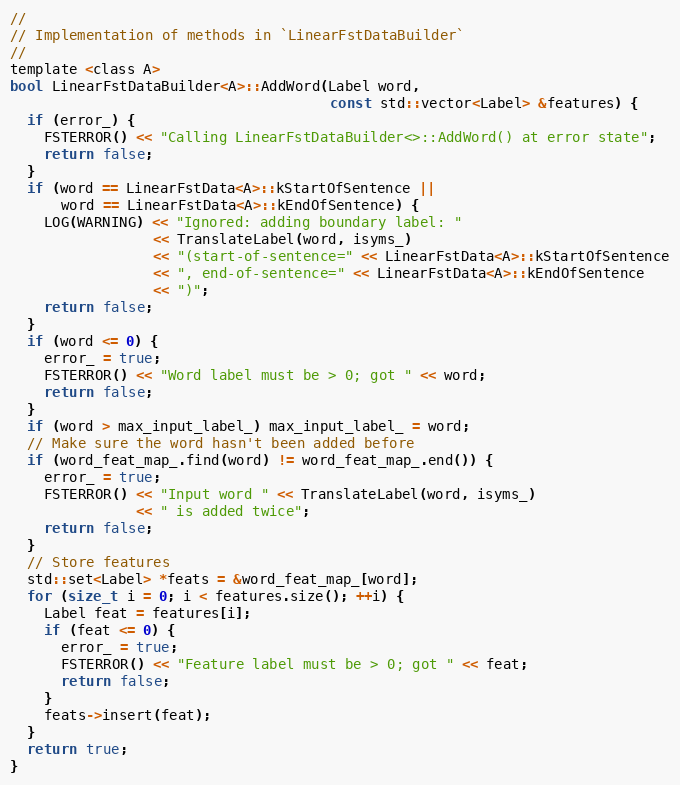
Language: C
//
// Implementation of methods in `LinearFstDataBuilder`
//
template <class A>
bool LinearFstDataBuilder<A>::AddWord(Label word,
                                      const std::vector<Label> &features) {
  if (error_) {
    FSTERROR() << "Calling LinearFstDataBuilder<>::AddWord() at error state";
    return false;
  }
  if (word == LinearFstData<A>::kStartOfSentence ||
      word == LinearFstData<A>::kEndOfSentence) {
    LOG(WARNING) << "Ignored: adding boundary label: "
                 << TranslateLabel(word, isyms_)
                 << "(start-of-sentence=" << LinearFstData<A>::kStartOfSentence
                 << ", end-of-sentence=" << LinearFstData<A>::kEndOfSentence
                 << ")";
    return false;
  }
  if (word <= 0) {
    error_ = true;
    FSTERROR() << "Word label must be > 0; got " << word;
    return false;
  }
  if (word > max_input_label_) max_input_label_ = word;
  // Make sure the word hasn't been added before
  if (word_feat_map_.find(word) != word_feat_map_.end()) {
    error_ = true;
    FSTERROR() << "Input word " << TranslateLabel(word, isyms_)
               << " is added twice";
    return false;
  }
  // Store features
  std::set<Label> *feats = &word_feat_map_[word];
  for (size_t i = 0; i < features.size(); ++i) {
    Label feat = features[i];
    if (feat <= 0) {
      error_ = true;
      FSTERROR() << "Feature label must be > 0; got " << feat;
      return false;
    }
    feats->insert(feat);
  }
  return true;
}